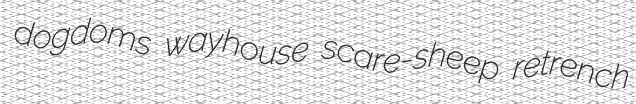
dogdoms wayhouse scare-sheep retrench